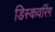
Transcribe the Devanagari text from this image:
डिस्कवरिंग